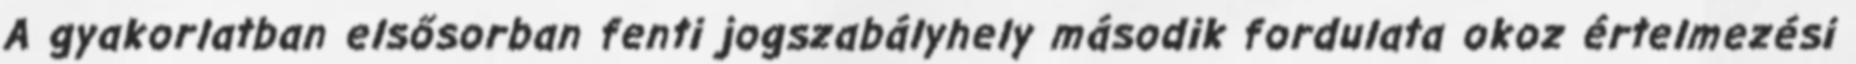
A gyakorlatban elsősorban fenti jogszabályhely második fordulata okoz értelmezési